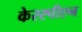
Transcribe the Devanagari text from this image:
केस्स्पीएन